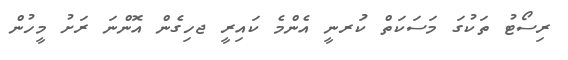
ރިސޯޓު ތަކުގަ މަސަކަތް ކުަރނީ އެންމެ ކައިރީ ޖހިގެން އޮންނަ ރަަށު މީހުން